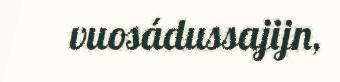
vuosádussajijn,